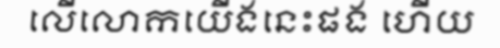
លើលោកយើងនេះផង ហើយ